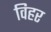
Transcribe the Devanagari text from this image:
विहर